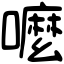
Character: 嚒